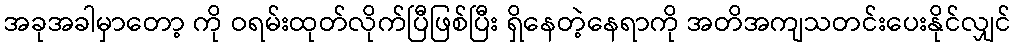
အခုအခါမှာတော့ ကို ဝရမ်းထုတ်လိုက်ပြီဖြစ်ပြီး ရှိနေတဲ့နေရာကို အတိအကျသတင်းပေးနိုင်လျှင်